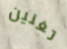
تغنين